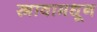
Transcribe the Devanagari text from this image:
स्त्रावामधून